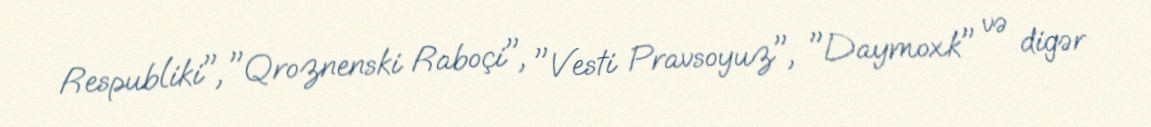
Respubliki", "Qroznenski Raboçi", "Vesti Pravsoyuz", "Daymoxk" və digər